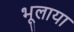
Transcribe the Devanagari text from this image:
भूलाया